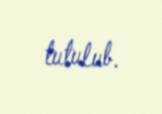
tutulub.